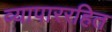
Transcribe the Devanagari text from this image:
व्यापाररहित